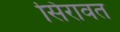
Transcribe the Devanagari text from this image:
सिरावत